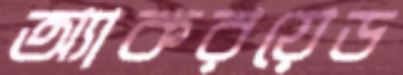
অ্যাকরয়েড